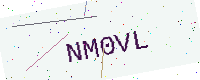
Text: NM0VL